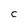
Character: C